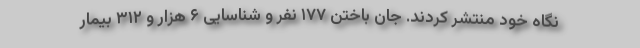
نگاه خود منتشر کردند. جان باختن ۱۷۷ نفر و شناسایی ۶ هزار و ۳۱۲ بیمار